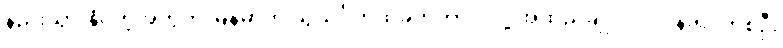
နည်းသွားနိုင်တဲ့အတွက် မြန်မာကို သွယ်ဝိုက်ထိခိုက်တာပဲ လို့ အထည်ချုပ်လုပ်ငန်းရှင်တစ်ဦး